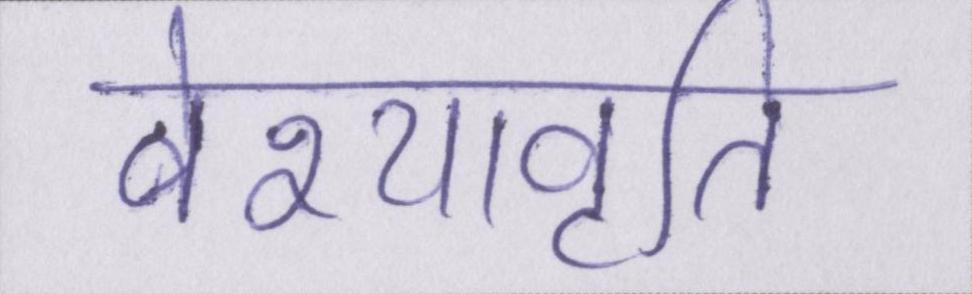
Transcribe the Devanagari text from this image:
वेश्यावृति